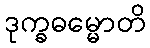
ဒုက္ခဓမ္မောတိ